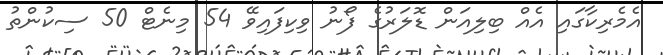
އެމެރިކާގައި އެއް ބިލިއަން ޑޮލަރުގެ ފޯނު ވިކިފައިވޭ 54 މިނެޓް 50 ސިކުންތު